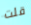
قلت